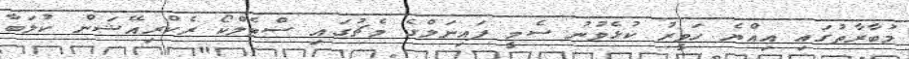
މުބާރާތުގައި އިއްޔެ ހަވީރު ކުޅެވުނު ސެމީ ފައިނަލްގެ މެޗުގައި ސްޓެލްކޯ ރެކްރިއޭޝަން ކުލަބާ